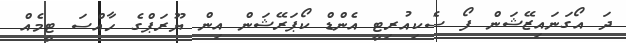
ދަ އޯގަނައިޒޭޝަން ފޯ ސެކިއުރިޓީ އެންޑް ކޯޕަރޭޝަން އިން ޔޫރަޕްގެ ހާއްސަ ޓީމެއް